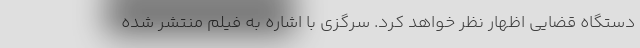
دستگاه قضایی اظهار نظر خواهد کرد. سرگزی با اشاره به فیلم منتشر شده